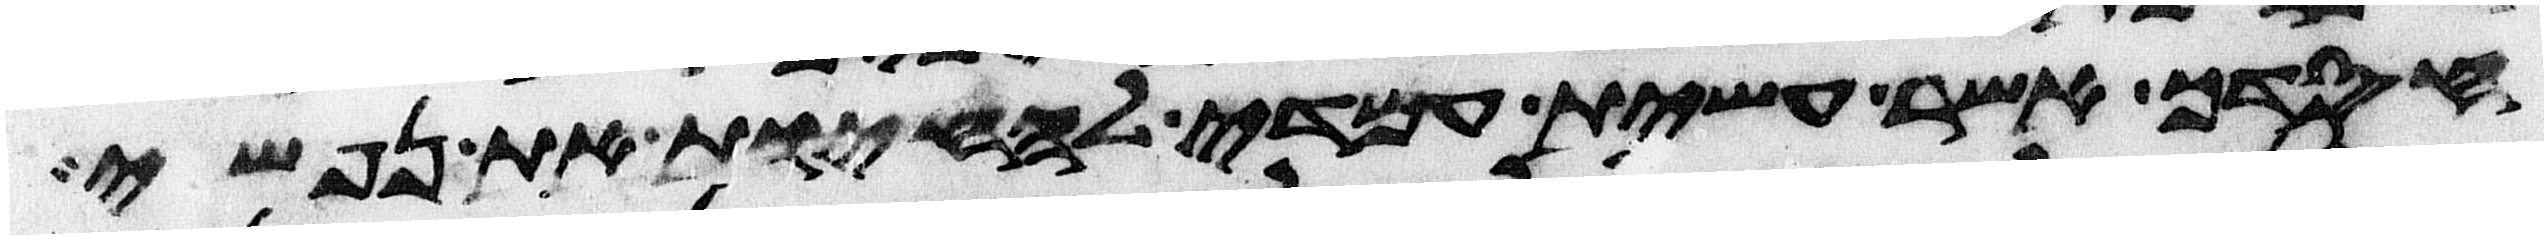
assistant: חסדך אשר עשית עמדי להחיות את נפשי